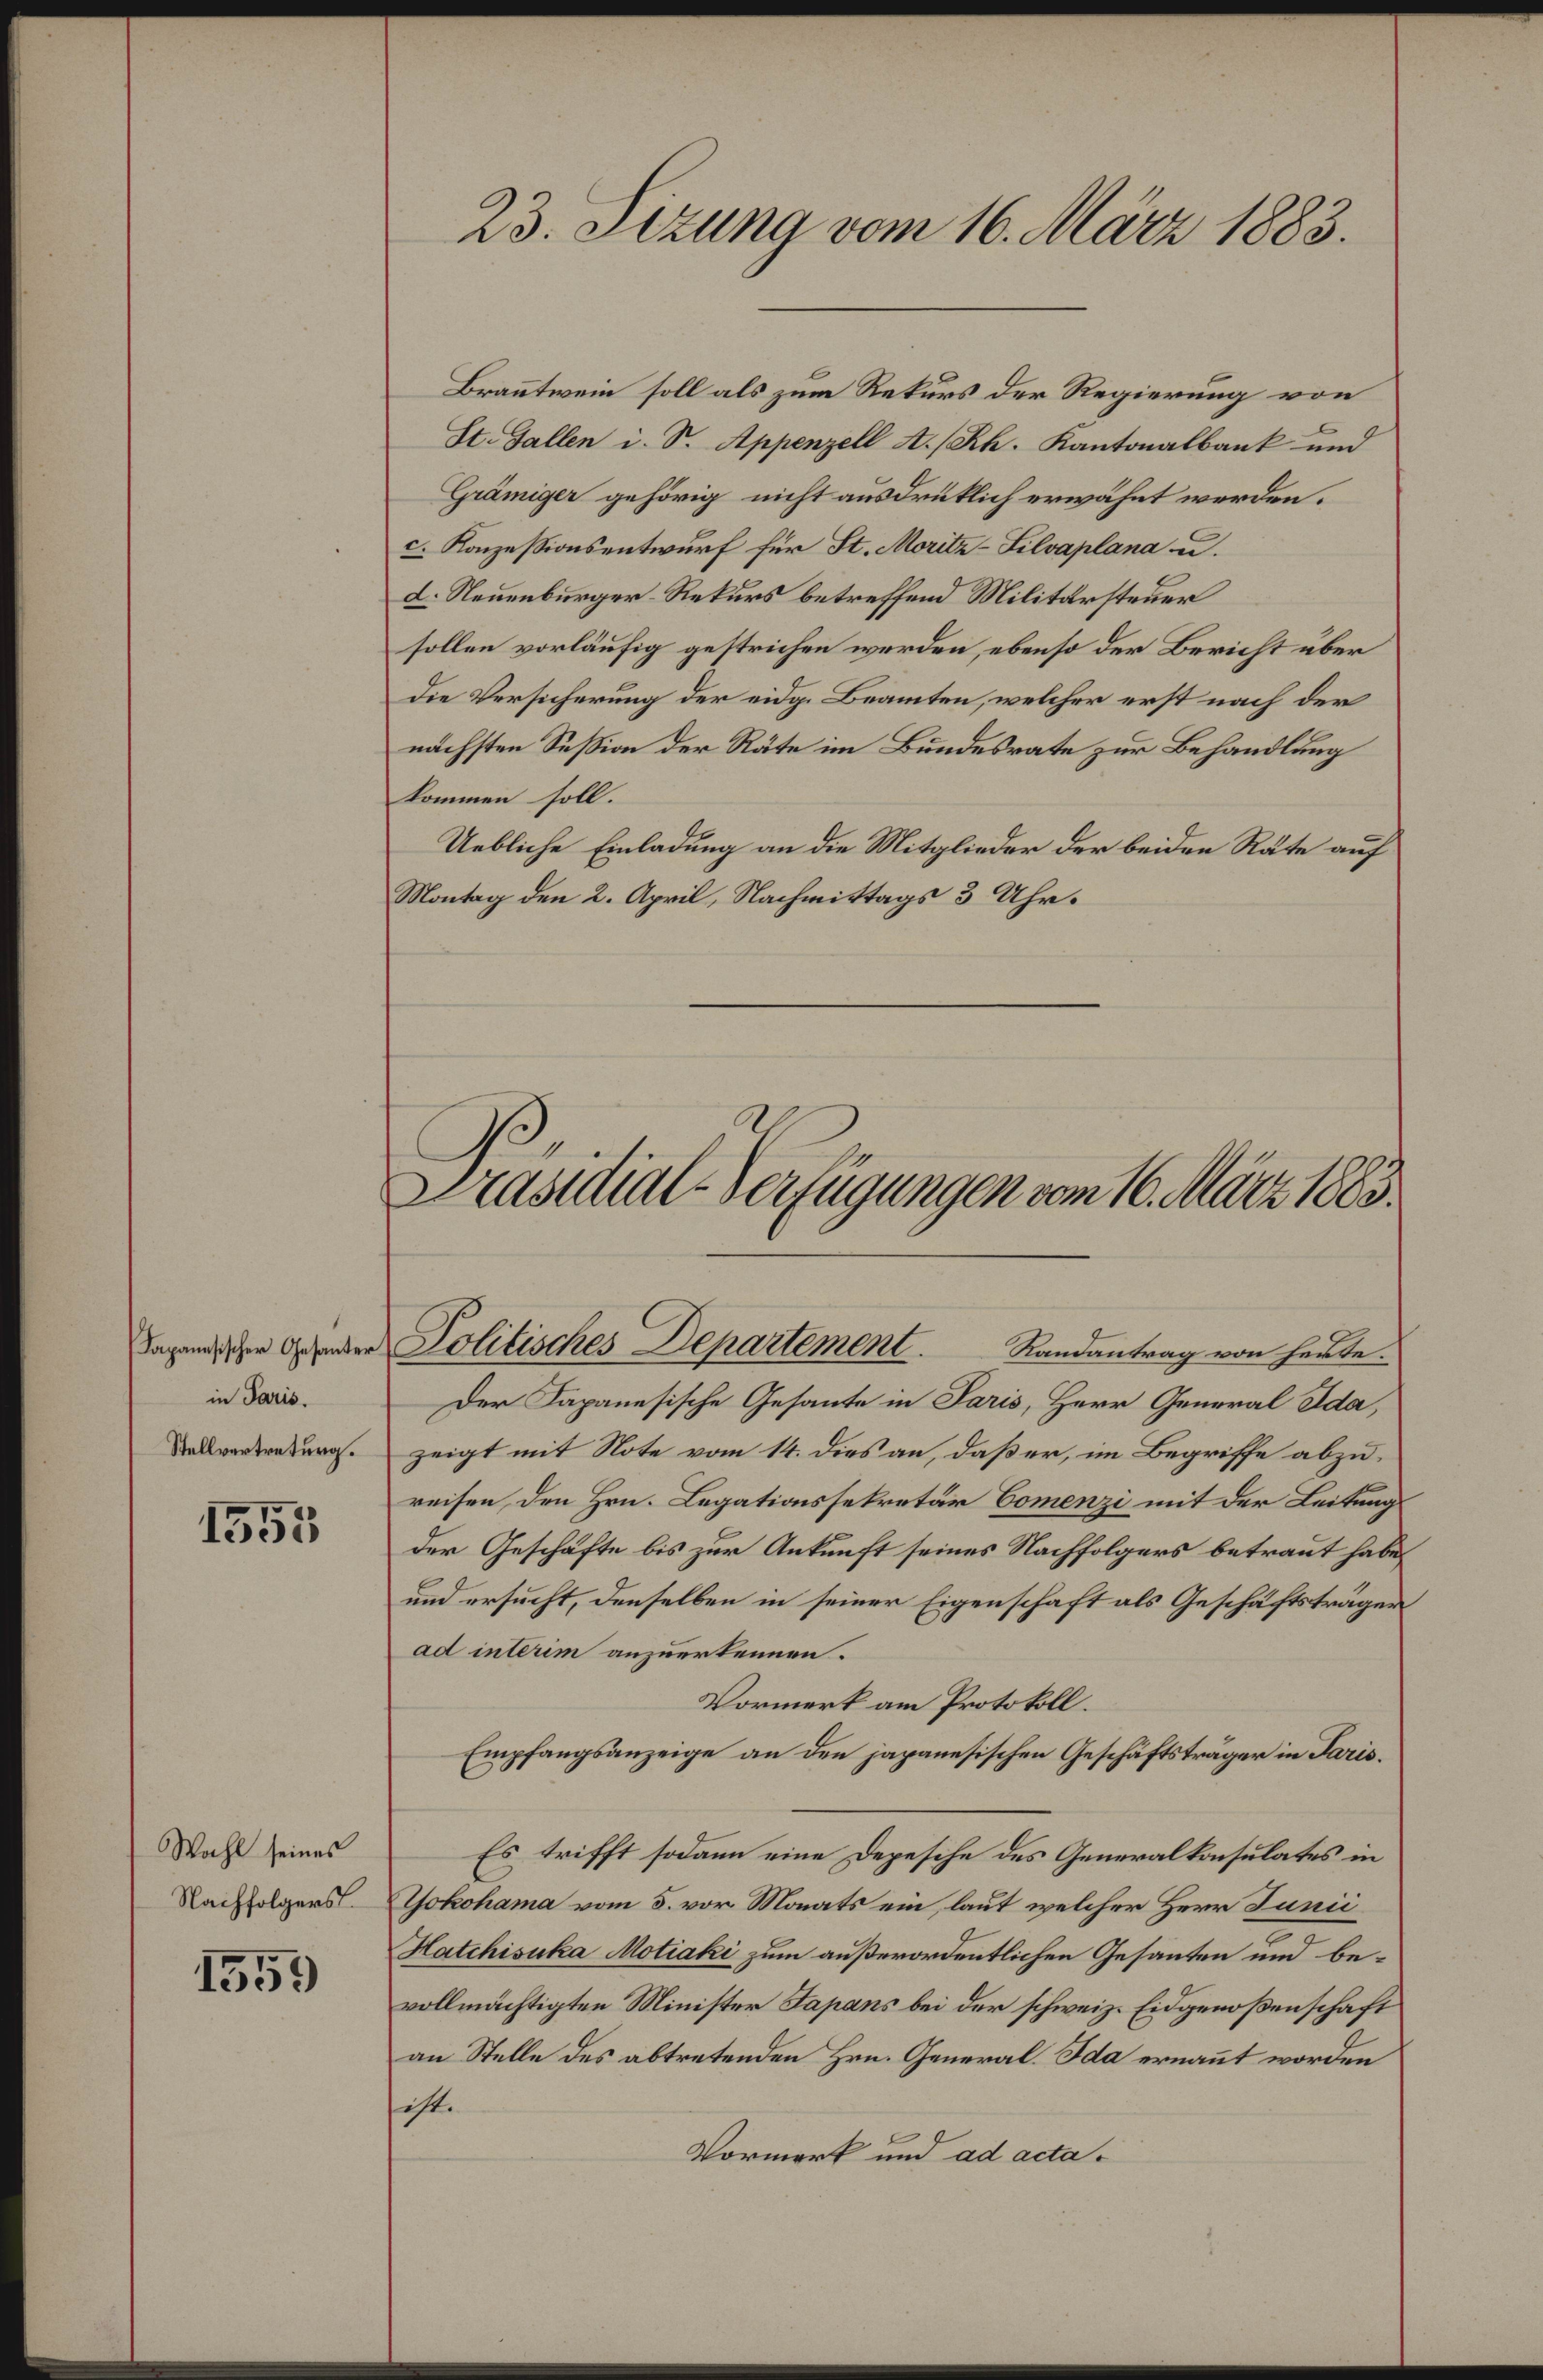
in Paris.
Stellvertretung.

1555

Wahl seines
Nachfolgers

1559

Branntwein soll als zum Rekurs der Regierung von
St. Gallen i. S. Appenzell A/Rh. Kantonalbank und
Grämiger gehörig nicht ausdrücklich erwähnt werden.
c. Konzessionsentwurf für St. Moritz-Silvaplana u.
d. Neuenburger-Rekurs betreffend Militärsteuer
sollen vorläufig gestrichen werden, ebenso der Bericht über
Die Versicherung der eidg. Beamten, welcher erst nach der
nächsten Session der Räte im Bundesrate zur Behandlung
kommen soll.
Uebliche Einladung an die Mitglieder der beiden Räte auf
Montag den 2. April, Nachmittags 3 Uhr¬

23. Sizung vom 16. März 1883.

Präsidial-Verfügungen vom 16. März 1883.
Tagendischer Gesunder Politisches Departement. Randantrag von herte.

Der Japanesische Gesante in Paris, Herr General Ida,
zeigt mit Note vom 14. dies an, daß er, im Begriffe abzureisen, den Hrn. Legationssekretär Commenzi mit der Leitungs
der Geschäfte bis zur Ankunft seines Nachfolgers betraut habe,
und ersucht, denselben in seiner Eigenschaft als Geschäftsträger
ad interim anzuerkennen.
Vormerk am Protokoll.
Empfangsanzeige an den japanesischen Geschäftsträger in Paris.
Es trifft sodann eine Depesche des Generalkonsulates in
Yokohama vom 5. vor. Monats ein, laut welcher Herr Junii
Hatchisuka Motiaki zum außerordentlichen Gesanten und bevollmächtigten Minister Fapans bei der schweiz. Eidgenoßenschaft
an Stelle des abtretenden Hrn. General-Ida ernannt worden
ist.
Vormerk und ad acta¬